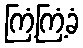
ကြံ့ကြံ့ခံ